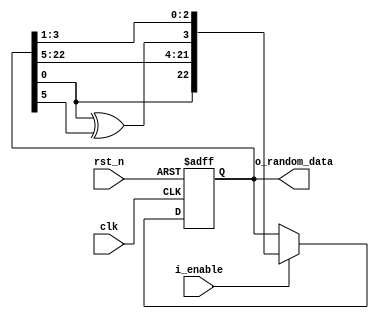
`timescale 1ns/1ps
module random_galois_23bit
	(	clk,
		rst_n,
		i_enable,
		o_random_data
	);

	//-------------input and output port--------//
	input 						clk;
	input 						rst_n;
	input 						i_enable;
	output		[23:1] 			o_random_data;
	//----------------------------------------//
	
	wire 	taps, Q_x;
	reg 	[23:1] Q_next, Q_reg;
	
	initial begin
		Q_reg <= 'd65;
	end
	
	assign o_random_data = Q_reg;
	
	assign taps = Q_reg[1];
	
	assign Q_x = Q_reg[1] ^ Q_reg[6];
	
	always @(posedge clk or negedge rst_n) begin
		if (!rst_n) begin
			Q_reg <= 'd65;
		end
		else begin
			if (i_enable) 
				Q_reg <= Q_next;
		end
	end
	
	always @(taps or Q_reg) begin
		Q_next <= {taps, Q_reg[23:6], Q_x, Q_reg[4:2]};
	end
	
endmodule